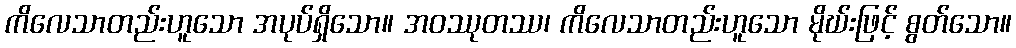
ကိလေသာတည်းဟူသော အပုပ်ရှိသော။ အဝဿုတဿ၊ ကိလေသာတည်းဟူသော မိုဃ်းဖြင့် စွတ်သော။